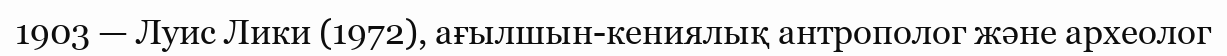
1903 — Луис Лики (1972), ағылшын-кениялық антрополог және археолог